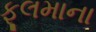
ફૂલમાના